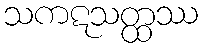
သကဋသတ္ထဿ